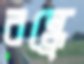
রন্ধ্রে